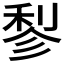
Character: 𬓪